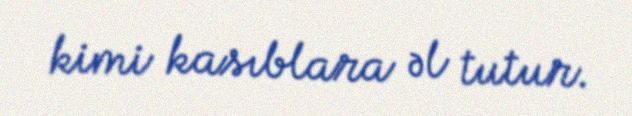
kimi kasıblara əl tutur.